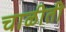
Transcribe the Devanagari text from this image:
चाळीती